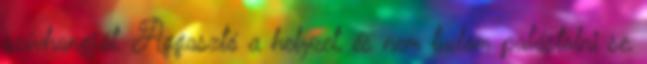
szívhangját. Aggasztó a helyzet, és nem tudom palástolni se,